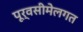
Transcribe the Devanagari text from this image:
पूर्वसीमेलगत